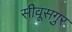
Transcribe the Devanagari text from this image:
सीवूसगुर